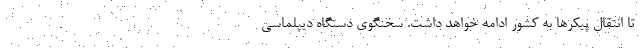
تا انتقال پیکرها به کشور ادامه خواهد داشت. سخنگوی دستگاه دیپلماسی